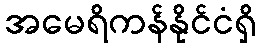
အမေရိကန်နိုင်ငံရှိ